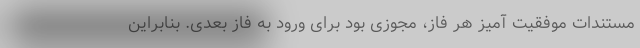
مستندات موفقیت آمیز هر فاز، مجوزی بود برای ورود به فاز بعدی. بنابراین